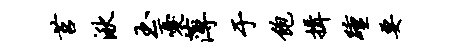
莒湫玉忧薄于饱揖踵要